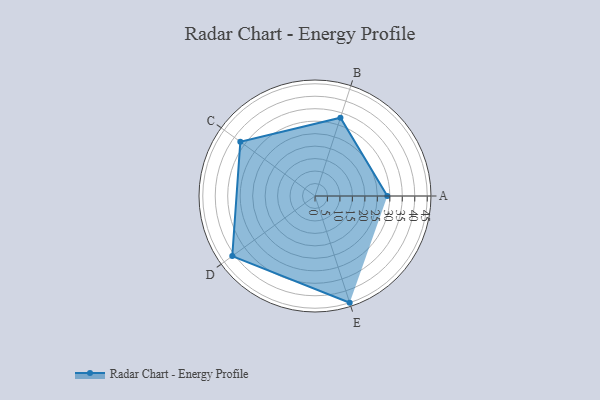
{"axis": {"x": "Skill", "y": "Score"}, "legend": ["Profile"], "data": [{"x": "A", "y": 29.0, "type": "Profile"}, {"x": "B", "y": 33.0, "type": "Profile"}, {"x": "C", "y": 37.0, "type": "Profile"}, {"x": "D", "y": 41.0, "type": "Profile"}, {"x": "E", "y": 45.0, "type": "Profile"}]}